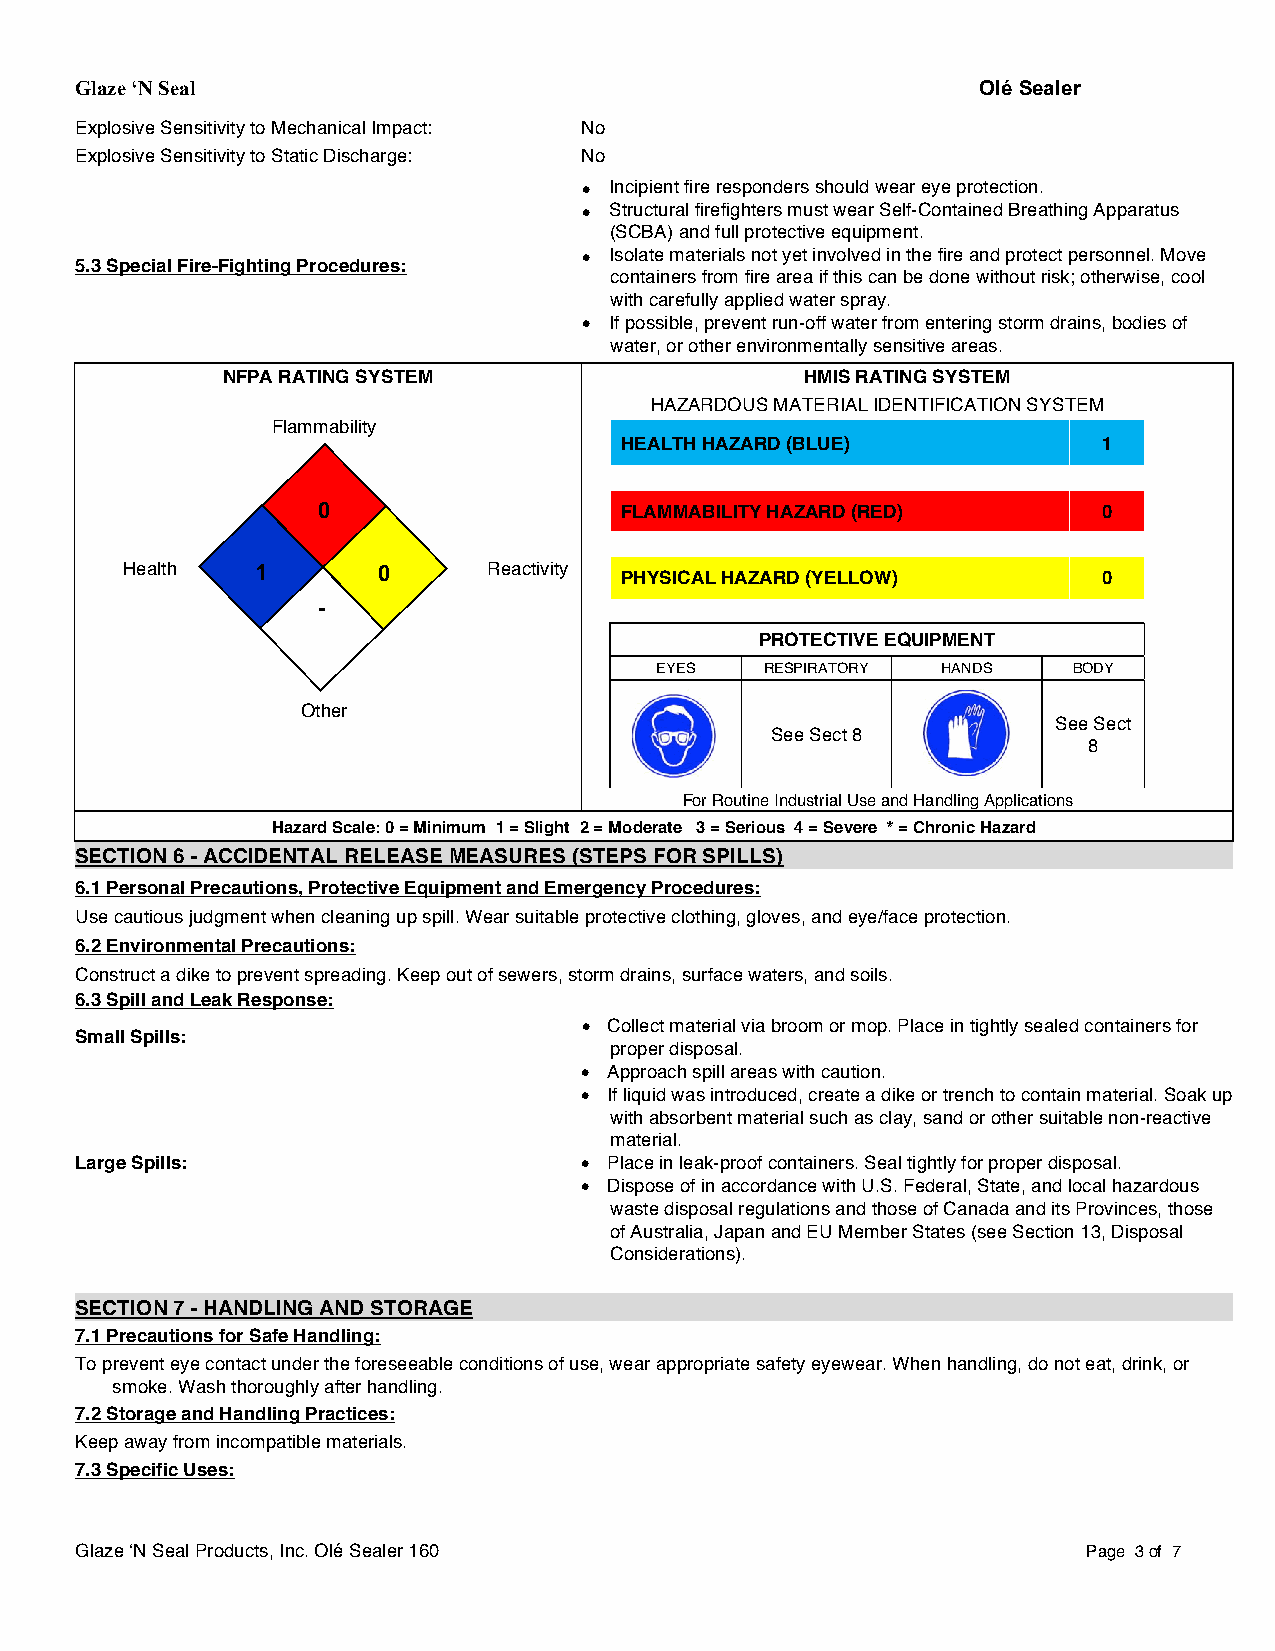
Glaze ‘N Seal                                               Olé Sealer
 Explosive Sensitivity to Mechanical Impact: No
 Explosive Sensitivity to Static Discharge: No
 • Incipient fire responders should wear eye protection.
 • Structural firefighters must wear Self-Contained Breathing Apparatus
 (SCBA) and full protective equipment.
 • Isolate materials not yet involved in the fire and protect personnel. Move
 5.3 Special Fire-Fighting Procedures:
 containers from fire area if this can be done without risk; otherwise, cool
 with carefully applied water spray.
 • If possible, prevent run-off water from entering storm drains, bodies of
 water, or other environmentally sensitive areas.
 NFPA RATING SYSTEM                    HMIS RATING SYSTEM
 HAZARDOUS MATERIAL IDENTIFICATION SYSTEM
 Flammability
 HEALTH HAZARD (BLUE)            1
 0                   FLAMMABILITY HAZARD (RED)       0
 Health   1       0      Reactivity
 PHYSICAL HAZARD (YELLOW)        0
 -­
 PROTECTIVE EQUIPMENT
 EYES    RESPIRATORY HANDS   BODY
 Other
 See Sect
 See Sect 8
 8
 For Routine Industrial Use and Handling Applications
 Hazard Scale: 0 = Minimum 1 = Slight 2 = Moderate 3 = Serious 4 = Severe * = Chronic Hazard
 SECTION 6 - ACCIDENTAL RELEASE MEASURES (STEPS FOR SPILLS)
 6.1 Personal Precautions, Protective Equipment and Emergency Procedures:
 Use cautious judgment when cleaning up spill. Wear suitable protective clothing, gloves, and eye/face protection.
 6.2 Environmental Precautions:
 Construct a dike to prevent spreading. Keep out of sewers, storm drains, surface waters, and soils.
 6.3 Spill and Leak Response:
 • Collect material via broom or mop. Place in tightly sealed containers for
 Small Spills:
 proper disposal.
 • Approach spill areas with caution.
 • If liquid was introduced, create a dike or trench to contain material. Soak up
 with absorbent material such as clay, sand or other suitable non-reactive
 material.
 Large Spills:                    • Place in leak-proof containers. Seal tightly for proper disposal.
 • Dispose of in accordance with U.S. Federal, State, and local hazardous
 waste disposal regulations and those of Canada and its Provinces, those
 of Australia, Japan and EU Member States (see Section 13, Disposal
 Considerations).
 SECTION 7 - HANDLING AND STORAGE
 7.1 Precautions for Safe Handling:
 To prevent eye contact under the foreseeable conditions of use, wear appropriate safety eyewear. When handling, do not eat, drink, or
 smoke. Wash thoroughly after handling.
 7.2 Storage and Handling Practices:
 Keep away from incompatible materials.
 7.3 Specific Uses:
 Glaze ‘N Seal Products, Inc. Olé Sealer 160                        Page 3 of 7